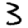
Digit: 3